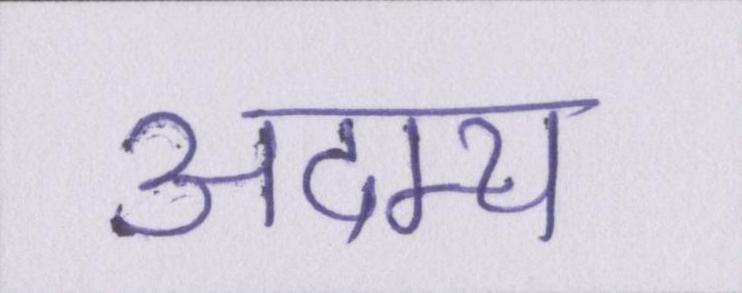
अदम्य